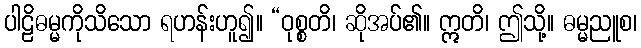
ပါဠိဓမ္မကိုသိသော ရဟန်းဟူ၍။ “ဝုစ္စတိ၊ ဆိုအပ်၏။ ဣတိ၊ ဤသို့။ ဓမ္မညူစ၊